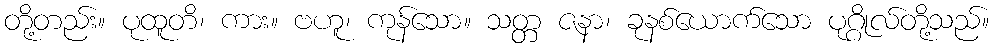
တို့တည်း။ ပုထူတိ၊ ကား။ ဗဟူ၊ ကုန်သော။ သတ္တ ဇနာ၊ ခုနစ်ယောက်သော ပုဂ္ဂိုလ်တို့သည်။